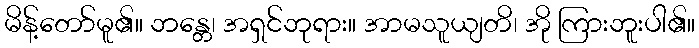
မိန့်တော်မူ၏။ ဘန္တေ၊ အရှင်ဘုရား။ အာမသူယျတိ၊ အို ကြားဘူးပါ၏။